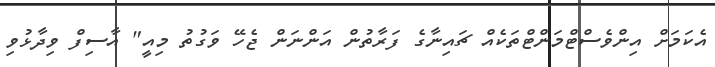
އެކަމަށް އިންވެސްޓްމަންޓްތަކެއް ޗައިނާގެ ފަރާތުން އަންނަން ޖެހޭ ވަގުތު މިއީ" އާސިފް ވިދާޅުވި